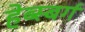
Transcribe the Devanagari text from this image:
हेब्स्बर्ग